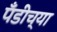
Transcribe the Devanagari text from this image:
पँडीच्या